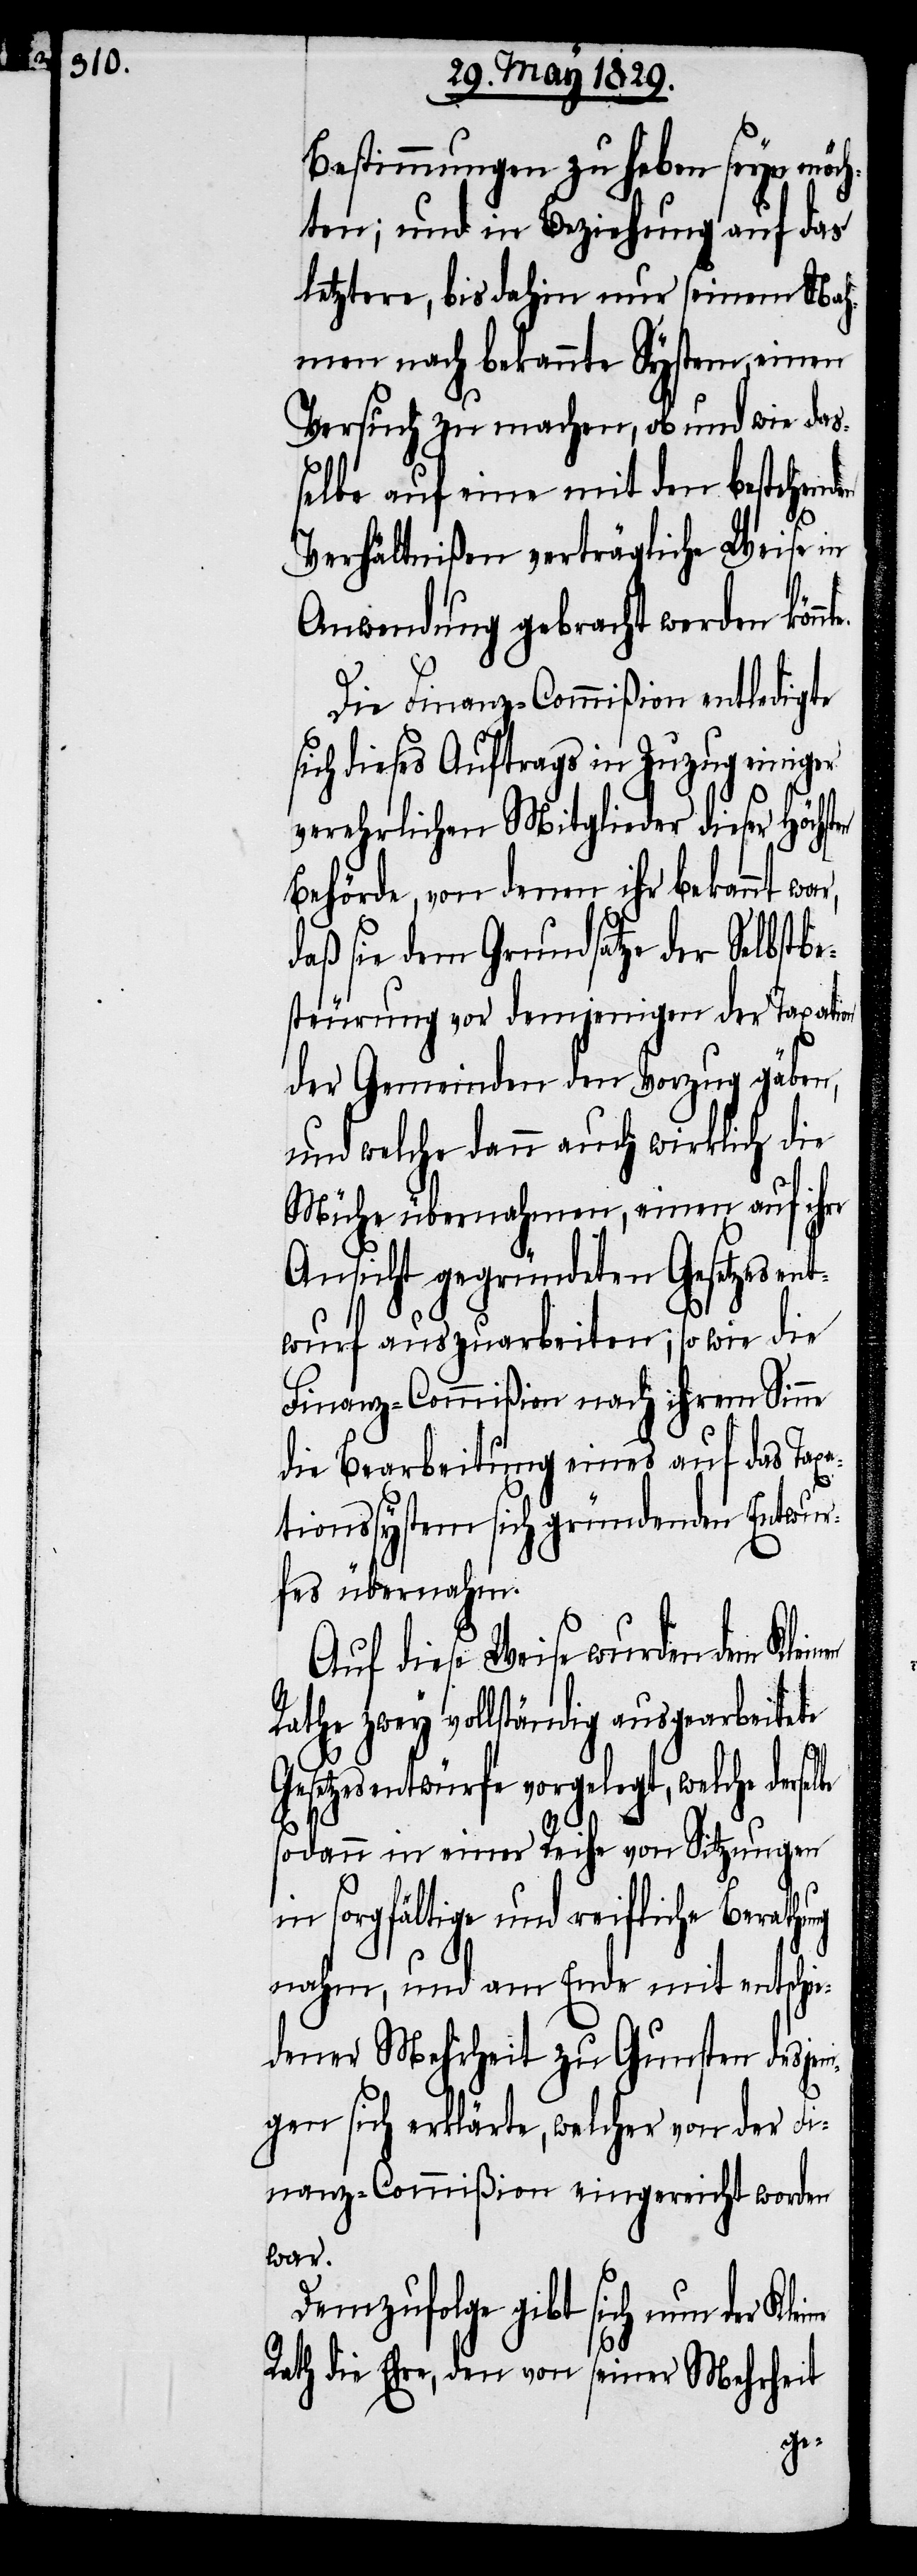
Bestimmungen zu haben seyn möch¬
ten; und in Beziehung auf das
letztere, bis dahin nur seinem Nah¬
men nach bekannte System, einen
Versuch zu machen, ob und wie das¬
selbe auf eine mit den bestehend¬
Verhältnißen verträgliche Weise in
Anwendung gebracht werden könn¬
Die Finanz-Commißion entledigte
sich dieses Auftrags in Zuzug einiger
verehrlichen Mitglieder dieser Höchs¬
Behörde, von denen ihr bekannt
daß sie dem Grundsatze der Selbstbe¬
steurung vor demjenigen der Taxation
der Gemeinden den Vorzug gäben,
und welche dann auch wirklich die
Mühe übernahmen, einen auf ihre
Ansicht gegründeten Gesetzesent¬
wurf aufzuarbeiten; so wie die
Finanz-Commißion nach ihrem Sinne
die Bearbeitung eines auf das Taxa¬
tionssystem sich gründenden Entwur¬
fes übernahm.
Auf diese Weise wurden dem Klei¬
Rathe zwey vollständig ausgearbeitete
Gesetzesentwürfe vorgelegt, welche dersel¬
sodann in einer Reihe von Sitzungen
in sorgfältige und reifliche Berathu¬
ng nahm, und am Ende mit entschie¬
dener Mehrheit zu Gunsten desjen¬
igen sich erklärte, welcher von der Fi¬
nanz-Commißion eingereicht worden
war.
Demzufolge gibt sich nun der
Rath die Ehre, den von seiner Mehrheit
be